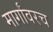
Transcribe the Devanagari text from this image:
मार्गांवरच